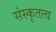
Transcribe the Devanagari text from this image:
संस्कृतत्व